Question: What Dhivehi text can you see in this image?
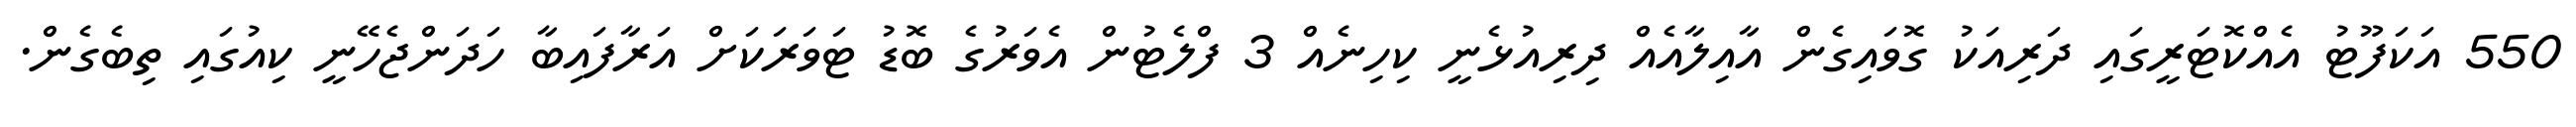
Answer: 550 އަކަފޫޓު އެއްކޮޓަރީގައި ދަރިއަކު ގޮވައިގެން އާއިލާއެއް ދިރިއުޅެނީ ކިހިނެއް 3 ފްލެޓުން އެވަރުގެ ބޮޑު ޓަވަރަކަށް އަރާފައިބާ ހަދަންޖެހޭނީ ކިއުގައި ތިބެގެން.